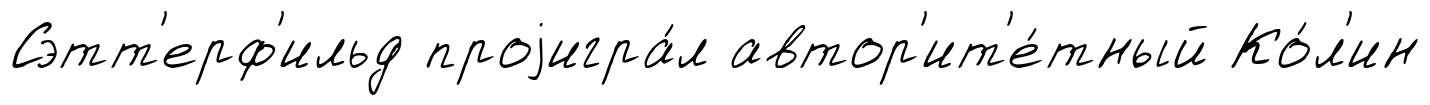
Сэтт'ерф'ильд проjигра́л автор'ит'е́тный Ко́л'ин